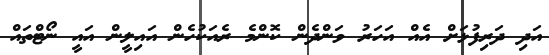
އަދި ދަރިފުޅަށް އެއް އަހަރު ވަންދެން ކޮންމެ ރެއަކުހެން އައިލީން އައީ ނޯޓްތައް